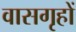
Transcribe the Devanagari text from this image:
वासगृहों